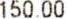
150.00